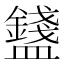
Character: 𥃒